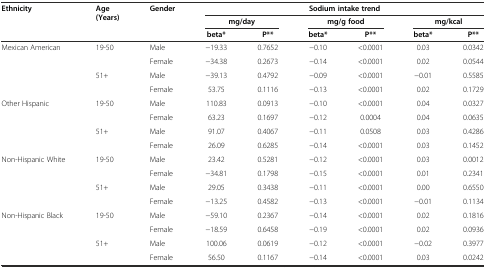
<table><thead><tr><td rowspan="3"><b>Ethnicity</b></td><td rowspan="3"><b>Age (Years)</b></td><td rowspan="3"><b>Gender</b></td><td colspan="6"><b>Sodium intake trend</b></td></tr><tr><td colspan="2"><b>mg/day</b></td><td colspan="2"><b>mg/g food</b></td><td colspan="2"><b>mg/kcal</b></td></tr><tr><td><b>beta*</b></td><td><b>P**</b></td><td><b>beta*</b></td><td><b>P**</b></td><td><b>beta*</b></td><td><b>P**</b></td></tr></thead><tbody><tr><td rowspan="4">Mexican American</td><td rowspan="2">19-50</td><td>Male</td><td>−19.33</td><td>0.7652</td><td>−0.10</td><td>&lt;0.0001</td><td>0.03</td><td>0.0342</td></tr><tr><td>Female</td><td>−34.38</td><td>0.2673</td><td>−0.14</td><td>&lt;0.0001</td><td>0.02</td><td>0.0544</td></tr><tr><td rowspan="2">51+</td><td>Male</td><td>−39.13</td><td>0.4792</td><td>−0.09</td><td>&lt;0.0001</td><td>−0.01</td><td>0.5585</td></tr><tr><td>Female</td><td>53.75</td><td>0.1116</td><td>−0.13</td><td>&lt;0.0001</td><td>0.02</td><td>0.1729</td></tr><tr><td rowspan="4">Other Hispanic</td><td rowspan="2">19-50</td><td>Male</td><td>110.83</td><td>0.0913</td><td>−0.10</td><td>&lt;0.0001</td><td>0.04</td><td>0.0327</td></tr><tr><td>Female</td><td>63.23</td><td>0.1697</td><td>−0.12</td><td>0.0004</td><td>0.04</td><td>0.0635</td></tr><tr><td rowspan="2">51+</td><td>Male</td><td>91.07</td><td>0.4067</td><td>−0.11</td><td>0.0508</td><td>0.03</td><td>0.4286</td></tr><tr><td>Female</td><td>26.09</td><td>0.6285</td><td>−0.14</td><td>&lt;0.0001</td><td>0.03</td><td>0.1452</td></tr><tr><td rowspan="4">Non-Hispanic White</td><td rowspan="2">19-50</td><td>Male</td><td>23.42</td><td>0.5281</td><td>−0.12</td><td>&lt;0.0001</td><td>0.03</td><td>0.0012</td></tr><tr><td>Female</td><td>−34.81</td><td>0.1798</td><td>−0.15</td><td>&lt;0.0001</td><td>0.01</td><td>0.2341</td></tr><tr><td rowspan="2">51+</td><td>Male</td><td>29.05</td><td>0.3438</td><td>−0.11</td><td>&lt;0.0001</td><td>0.00</td><td>0.6550</td></tr><tr><td>Female</td><td>−13.25</td><td>0.4582</td><td>−0.13</td><td>&lt;0.0001</td><td>−0.01</td><td>0.1134</td></tr><tr><td rowspan="4">Non-Hispanic Black</td><td rowspan="2">19-50</td><td>Male</td><td>−59.10</td><td>0.2367</td><td>−0.14</td><td>&lt;0.0001</td><td>0.02</td><td>0.1816</td></tr><tr><td>Female</td><td>−18.59</td><td>0.6458</td><td>−0.19</td><td>&lt;0.0001</td><td>0.02</td><td>0.0936</td></tr><tr><td rowspan="2">51+</td><td>Male</td><td>100.06</td><td>0.0619</td><td>−0.12</td><td>&lt;0.0001</td><td>−0.02</td><td>0.3977</td></tr><tr><td>Female</td><td>56.50</td><td>0.1167</td><td>−0.14</td><td>&lt;0.0001</td><td>0.03</td><td>0.0242</td></tr></tbody></table>